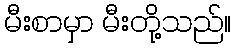
မီးစာမှာ မီးတို့သည်။